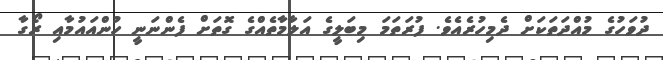
ދުވަހުގެ މުއްދަތަކަށް ދެމިހުރެއެވެ. ފުރަތަމަ މިބަލީގެ އަލާމާތެއްގެ ގޮތަށް ފެންނަނީ ހުންއައުމާއި ރޯގާ